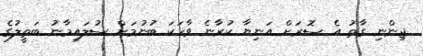
ޖިންނި ގާތު އެ ސޮރަށް އަނިޔާ ކުރާނެ ވާހަކަ ބުނުމަށް ސުލައިމާނު ބަތީލުގެ